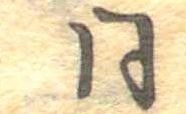
同